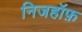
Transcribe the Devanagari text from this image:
निजहॉफ़